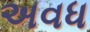
અવધ